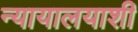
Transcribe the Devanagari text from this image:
न्यायालयाशी